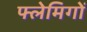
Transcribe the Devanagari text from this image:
फ्लेमिगों